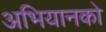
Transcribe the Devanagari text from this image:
अभियानको